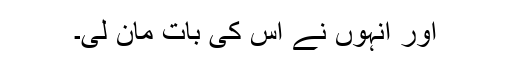
اور انہوں نے اس کی بات مان لی۔